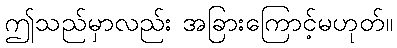
ဤသည်မှာလည်း အခြားကြောင့်မဟုတ်။